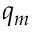
q _ { m }